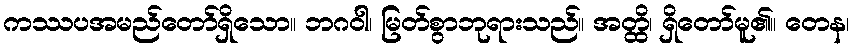
ကဿပအမည်တော်ရှိသော။ ဘဂဝါ၊ မြတ်စွာဘုရားသည်။ အတ္ထိ၊ ရှိတော်မူ၏။ တေန၊